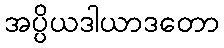
အပ္ပိယဒါယာဒတော